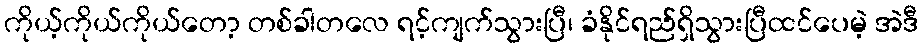
ကိုယ့်ကိုယ်ကိုယ်တော့ တစ်ခါတလေ ရင့်ကျက်သွားပြီ၊ ခံနိုင်ရည်ရှိသွားပြီထင်ပေမဲ့ အဲဒီ